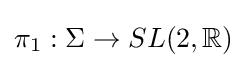
\pi _{1}:\Sigma \to SL(2,\mathbb {R} )